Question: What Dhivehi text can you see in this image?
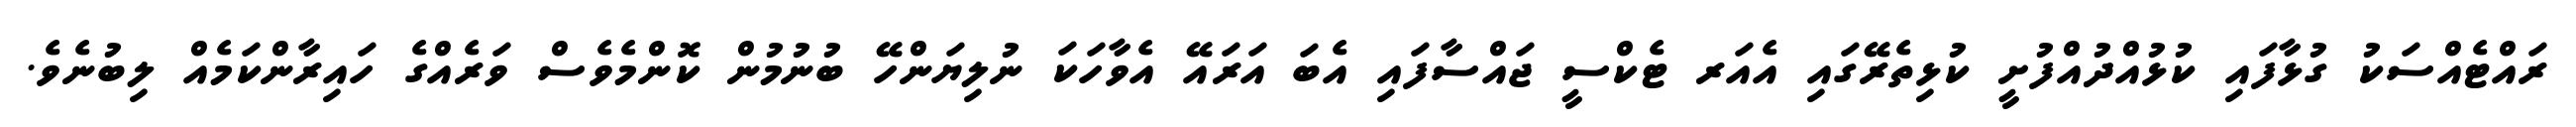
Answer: ރައްޓެއްސަކު ގުޅާފައި ކުޅުއްދުއްފުށީ ކުޅިތެރޭގައި އެއަރ ޓެކްސީ ޖައްސާފައި އެބަ އަރައޭ އެވާހަކަ ނުލިޔަންހޭ ބުނުމުން ކޮންމެވެސް ވަރެއްގެ ހައިރާންކަމެއް ލިބުނެވެ.